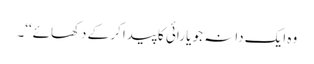
وہ ایک دانہ جو یا رائی کا پیدا کر کے دکھائے‘‘۔